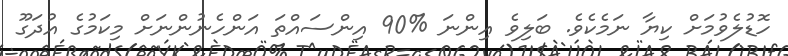
ހޮޑުލެވުމަށް ކިޔާ ނަމެކެވެ. ބަލިވެ އިންނަ %90 އިންސައްތަ އަންހެނުންނަށް މިކަމުގެ އުދަގޫ